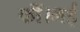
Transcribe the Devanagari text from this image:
कीं।मई